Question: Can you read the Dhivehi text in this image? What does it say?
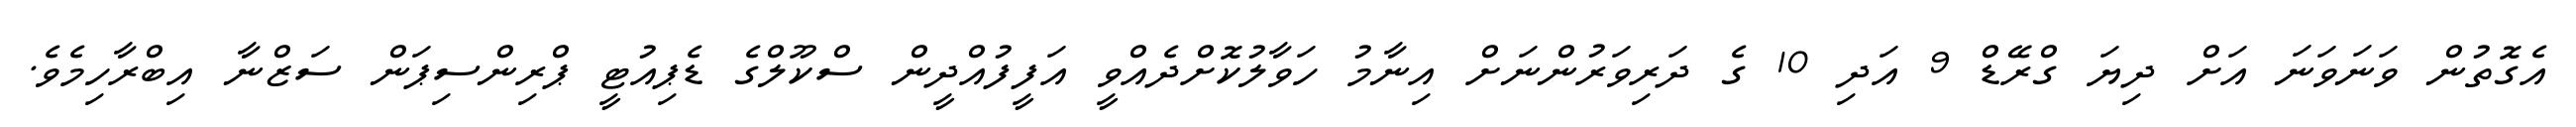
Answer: އެގޮތުން ވަނަވަނަ އަށް ދިޔަ ގްރޭޑް 9 އަދި 10 ގެ ދަރިވަރުންނަށް އިނާމު ހަވާލުކޮށްދެއްވީ އަފީފުއްދީން ސްކޫލްގެ ޑެޕިއުޓީ ޕްރިންސިޕަން ސަޒްނާ އިބްރާހިމެވެ.